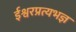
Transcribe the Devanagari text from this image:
ईश्वरप्रत्यभज्ञ